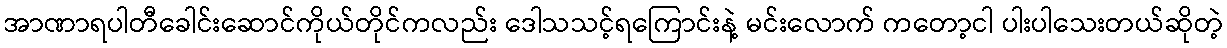
အာဏာရပါတီခေါင်းဆောင်ကိုယ်တိုင်ကလည်း ဒေါသသင့်ရကြောင်းနဲ့ မင်းလောက် ကတော့ငါ ပါးပါသေးတယ်ဆိုတဲ့